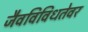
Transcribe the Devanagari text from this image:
जैवविविधतेवर